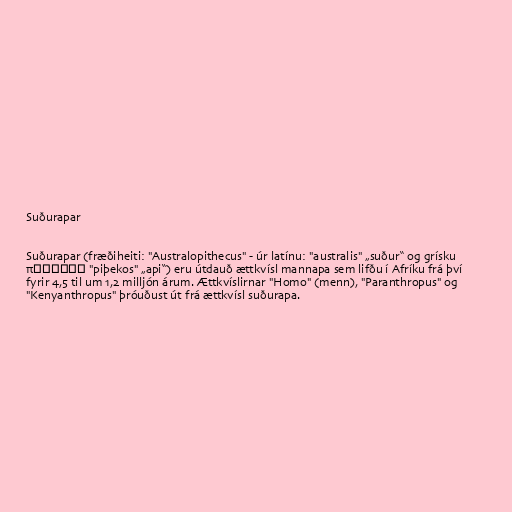
Suðurapar

Suðurapar (fræðiheiti: "Australopithecus" - úr latínu: "australis" „suður“ og grísku
πίθηκος "piþekos" „api“) eru útdauð ættkvísl mannapa sem lifðu í Afríku frá því
fyrir 4,5 til um 1,2 milljón árum. Ættkvíslirnar "Homo" (menn), "Paranthropus" og
"Kenyanthropus" þróuðust út frá ættkvísl suðurapa.